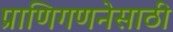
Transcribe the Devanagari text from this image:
प्राणिगणनेसाठी